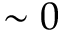
\sim 0